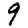
Digit: 9